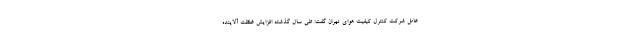
عامل شرکت کنترل کیفیت هوای تهران گفت: طی سال گذشته افزایش غلظت آلاینده